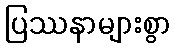
ပြဿနာများစွာ